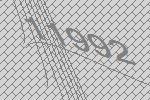
11992